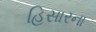
હિસારના